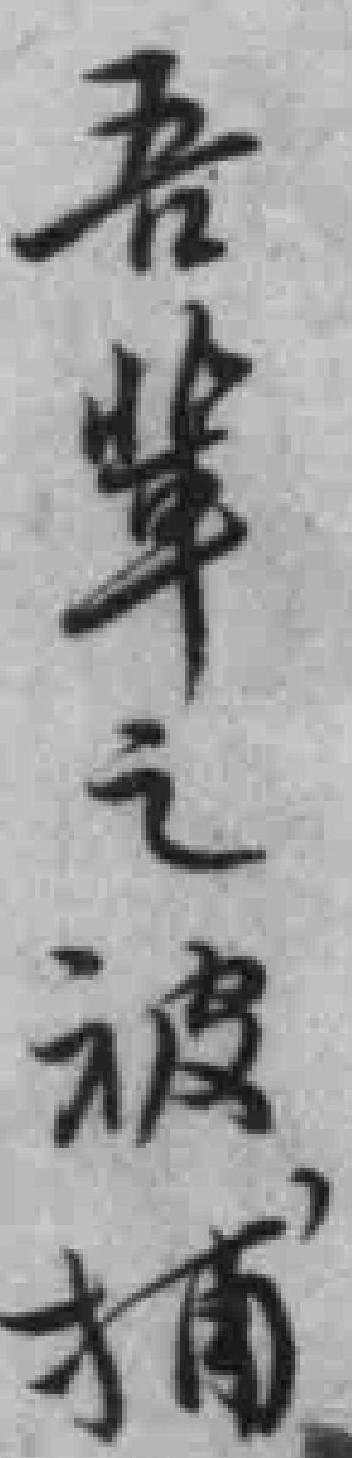
吾辈之被捕